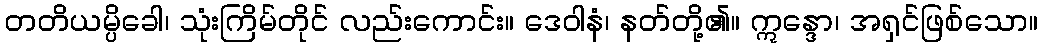
တတိယမ္ပိခေါ၊ သုံးကြိမ်တိုင် လည်းကောင်း။ ဒေဝါနံ၊ နတ်တို့၏။ ဣန္ဒော၊ အရှင်ဖြစ်သော။